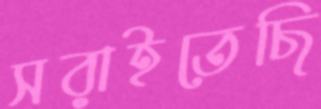
সরাইতেছি